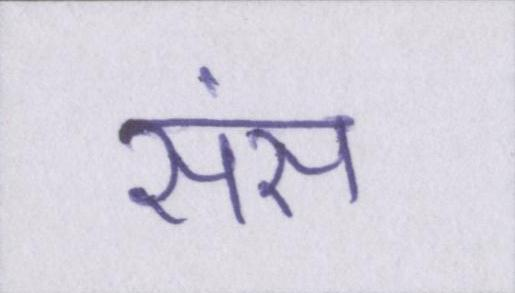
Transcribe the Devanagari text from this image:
संस